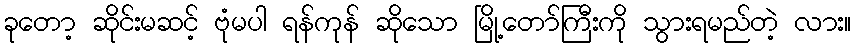
ခုတော့ ဆိုင်းမဆင့် ဗုံမပါ ရန်ကုန် ဆိုသော မြို့တော်ကြီးကို သွားရမည်တဲ့ လား။